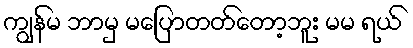
ကျွန်မ ဘာမှ မပြောတတ်တော့ဘူး မမ ရယ်